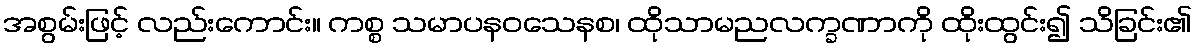
အစွမ်းဖြင့် လည်းကောင်း။ ကစ္စ သမာပနဝသေနစ၊ ထိုသာမညလက္ခဏာကို ထိုးထွင်း၍ သိခြင်း၏